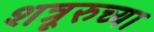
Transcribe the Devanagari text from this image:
शत्रूरुच्या